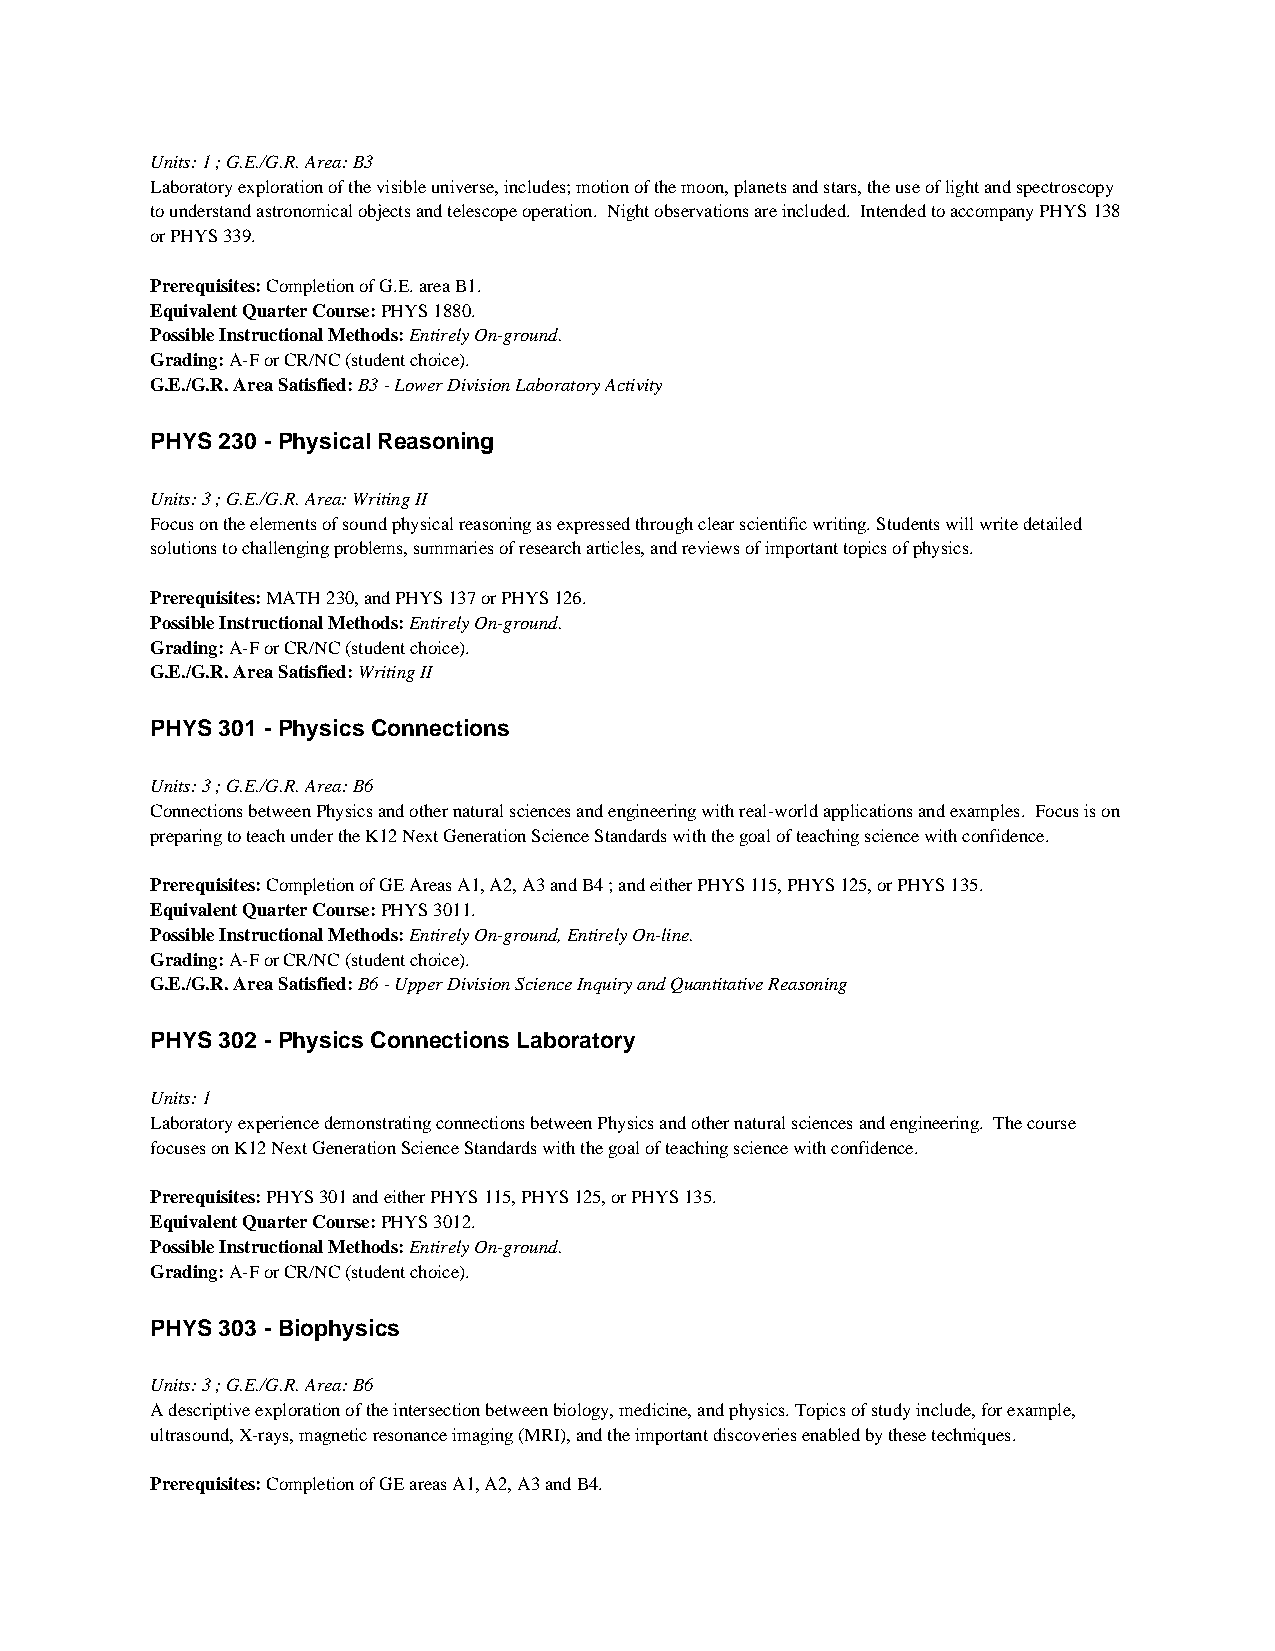
Units: 1 ; G.E./G.R. Area: B3
 Laboratory exploration of the visible universe, includes; motion of the moon, planets and stars, the use of light and spectroscopy
 to understand astronomical objects and telescope operation. Night observations are included. Intended to accompany PHYS 138
 or PHYS 339.
 Prerequisites: Completion of G.E. area B1.
 Equivalent Quarter Course: PHYS 1880.
 Possible Instructional Methods: Entirely On-ground.
 Grading: A-F or CR/NC (student choice).
 G.E./G.R. Area Satisfied: B3 - Lower Division Laboratory Activity
 PHYS 230 - Physical Reasoning
 Units: 3 ; G.E./G.R. Area: Writing II
 Focus on the elements of sound physical reasoning as expressed through clear scientific writing. Students will write detailed
 solutions to challenging problems, summaries of research articles, and reviews of important topics of physics.
 Prerequisites: MATH 230, and PHYS 137 or PHYS 126.
 Possible Instructional Methods: Entirely On-ground.
 Grading: A-F or CR/NC (student choice).
 G.E./G.R. Area Satisfied: Writing II
 PHYS 301 - Physics Connections
 Units: 3 ; G.E./G.R. Area: B6
 Connections between Physics and other natural sciences and engineering with real-world applications and examples. Focus is on
 preparing to teach under the K12 Next Generation Science Standards with the goal of teaching science with confidence.
 Prerequisites: Completion of GE Areas A1, A2, A3 and B4 ; and either PHYS 115, PHYS 125, or PHYS 135.
 Equivalent Quarter Course: PHYS 3011.
 Possible Instructional Methods: Entirely On-ground, Entirely On-line.
 Grading: A-F or CR/NC (student choice).
 G.E./G.R. Area Satisfied: B6 - Upper Division Science Inquiry and Quantitative Reasoning
 PHYS 302 - Physics Connections Laboratory
 Units: 1
 Laboratory experience demonstrating connections between Physics and other natural sciences and engineering. The course
 focuses on K12 Next Generation Science Standards with the goal of teaching science with confidence.
 Prerequisites: PHYS 301 and either PHYS 115, PHYS 125, or PHYS 135.
 Equivalent Quarter Course: PHYS 3012.
 Possible Instructional Methods: Entirely On-ground.
 Grading: A-F or CR/NC (student choice).
 PHYS 303 - Biophysics
 Units: 3 ; G.E./G.R. Area: B6
 A descriptive exploration of the intersection between biology, medicine, and physics. Topics of study include, for example,
 ultrasound, X-rays, magnetic resonance imaging (MRI), and the important discoveries enabled by these techniques.
 Prerequisites: Completion of GE areas A1, A2, A3 and B4.